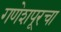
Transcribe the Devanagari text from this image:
गणेशपूरचा